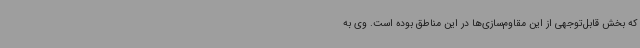
که بخش قابل‌توجهی از این مقاوم‌سازی‌ها در این مناطق بوده است. وی به